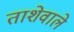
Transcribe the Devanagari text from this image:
ताशेवाले